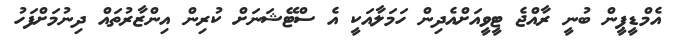
އެމްޑީޕީން ބުނީ ރާއްޖެ ޓީވީއަށްއެދިން ހަމަލާއަކީ އެ ސްޓޭޝަނަށް ކުރިން އިންޒާރުތައް ދިނުމަށްފަހު